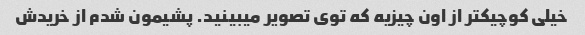
خیلی کوچیکتر از اون چیزیه که توی تصویر میبینید. پشیمون شدم از خریدش